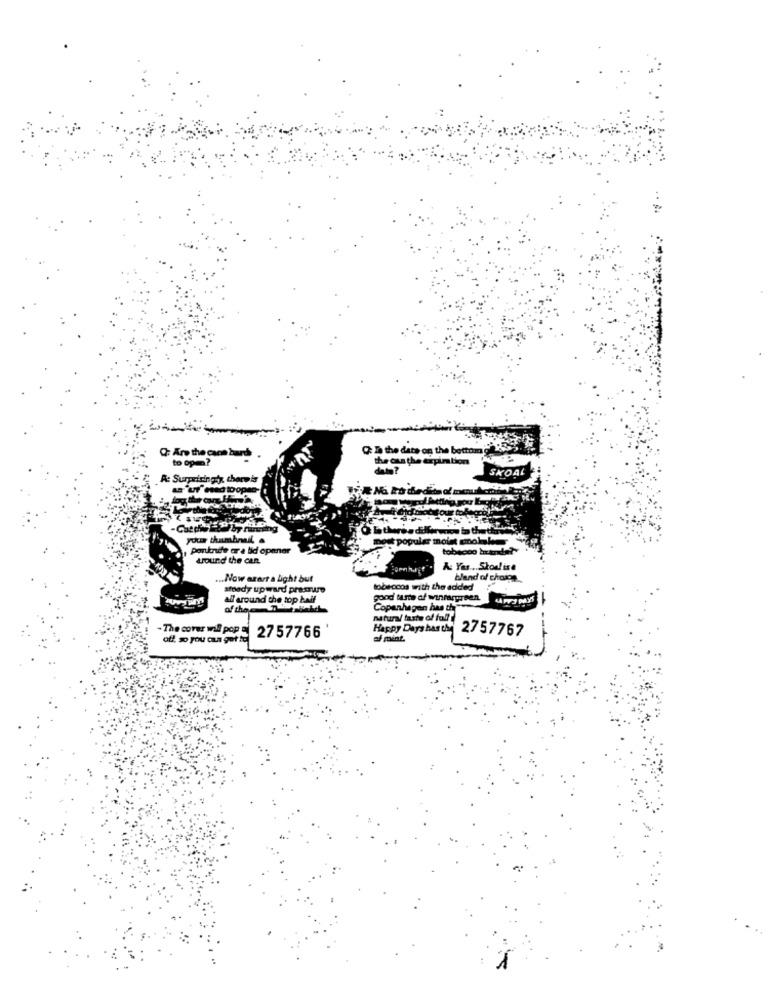
Q: D the date on the bottom Gi
Q: Are the cam burd .
to open?
the cus the expiration
dann ?
SKOAL
A: Surprisingly, there is
auf" esed toopen
ouz tol
pet populær moist mmolakos
Poruknife arra tid opener
tobacoo braras?"
around the can.
A: Yur ... Skoulise
... Now arart a Light but
bland of choice
stoady upward pressure
tobeocos with the added
all around the top half
good taste of winrargreen.
Copenhagen has the
natural taste of fall
The cover will pop
Happy Days hasthe 2757767
off, so you aus get to
2757766
of mint.